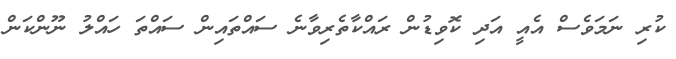
ކުރި ނަމަވެސް އެއީ އަދި ކޮވިޑުން ރައްކާތެރިވާނެ ސައްތައިން ސައްތަ ހައްލު ނޫންކަން